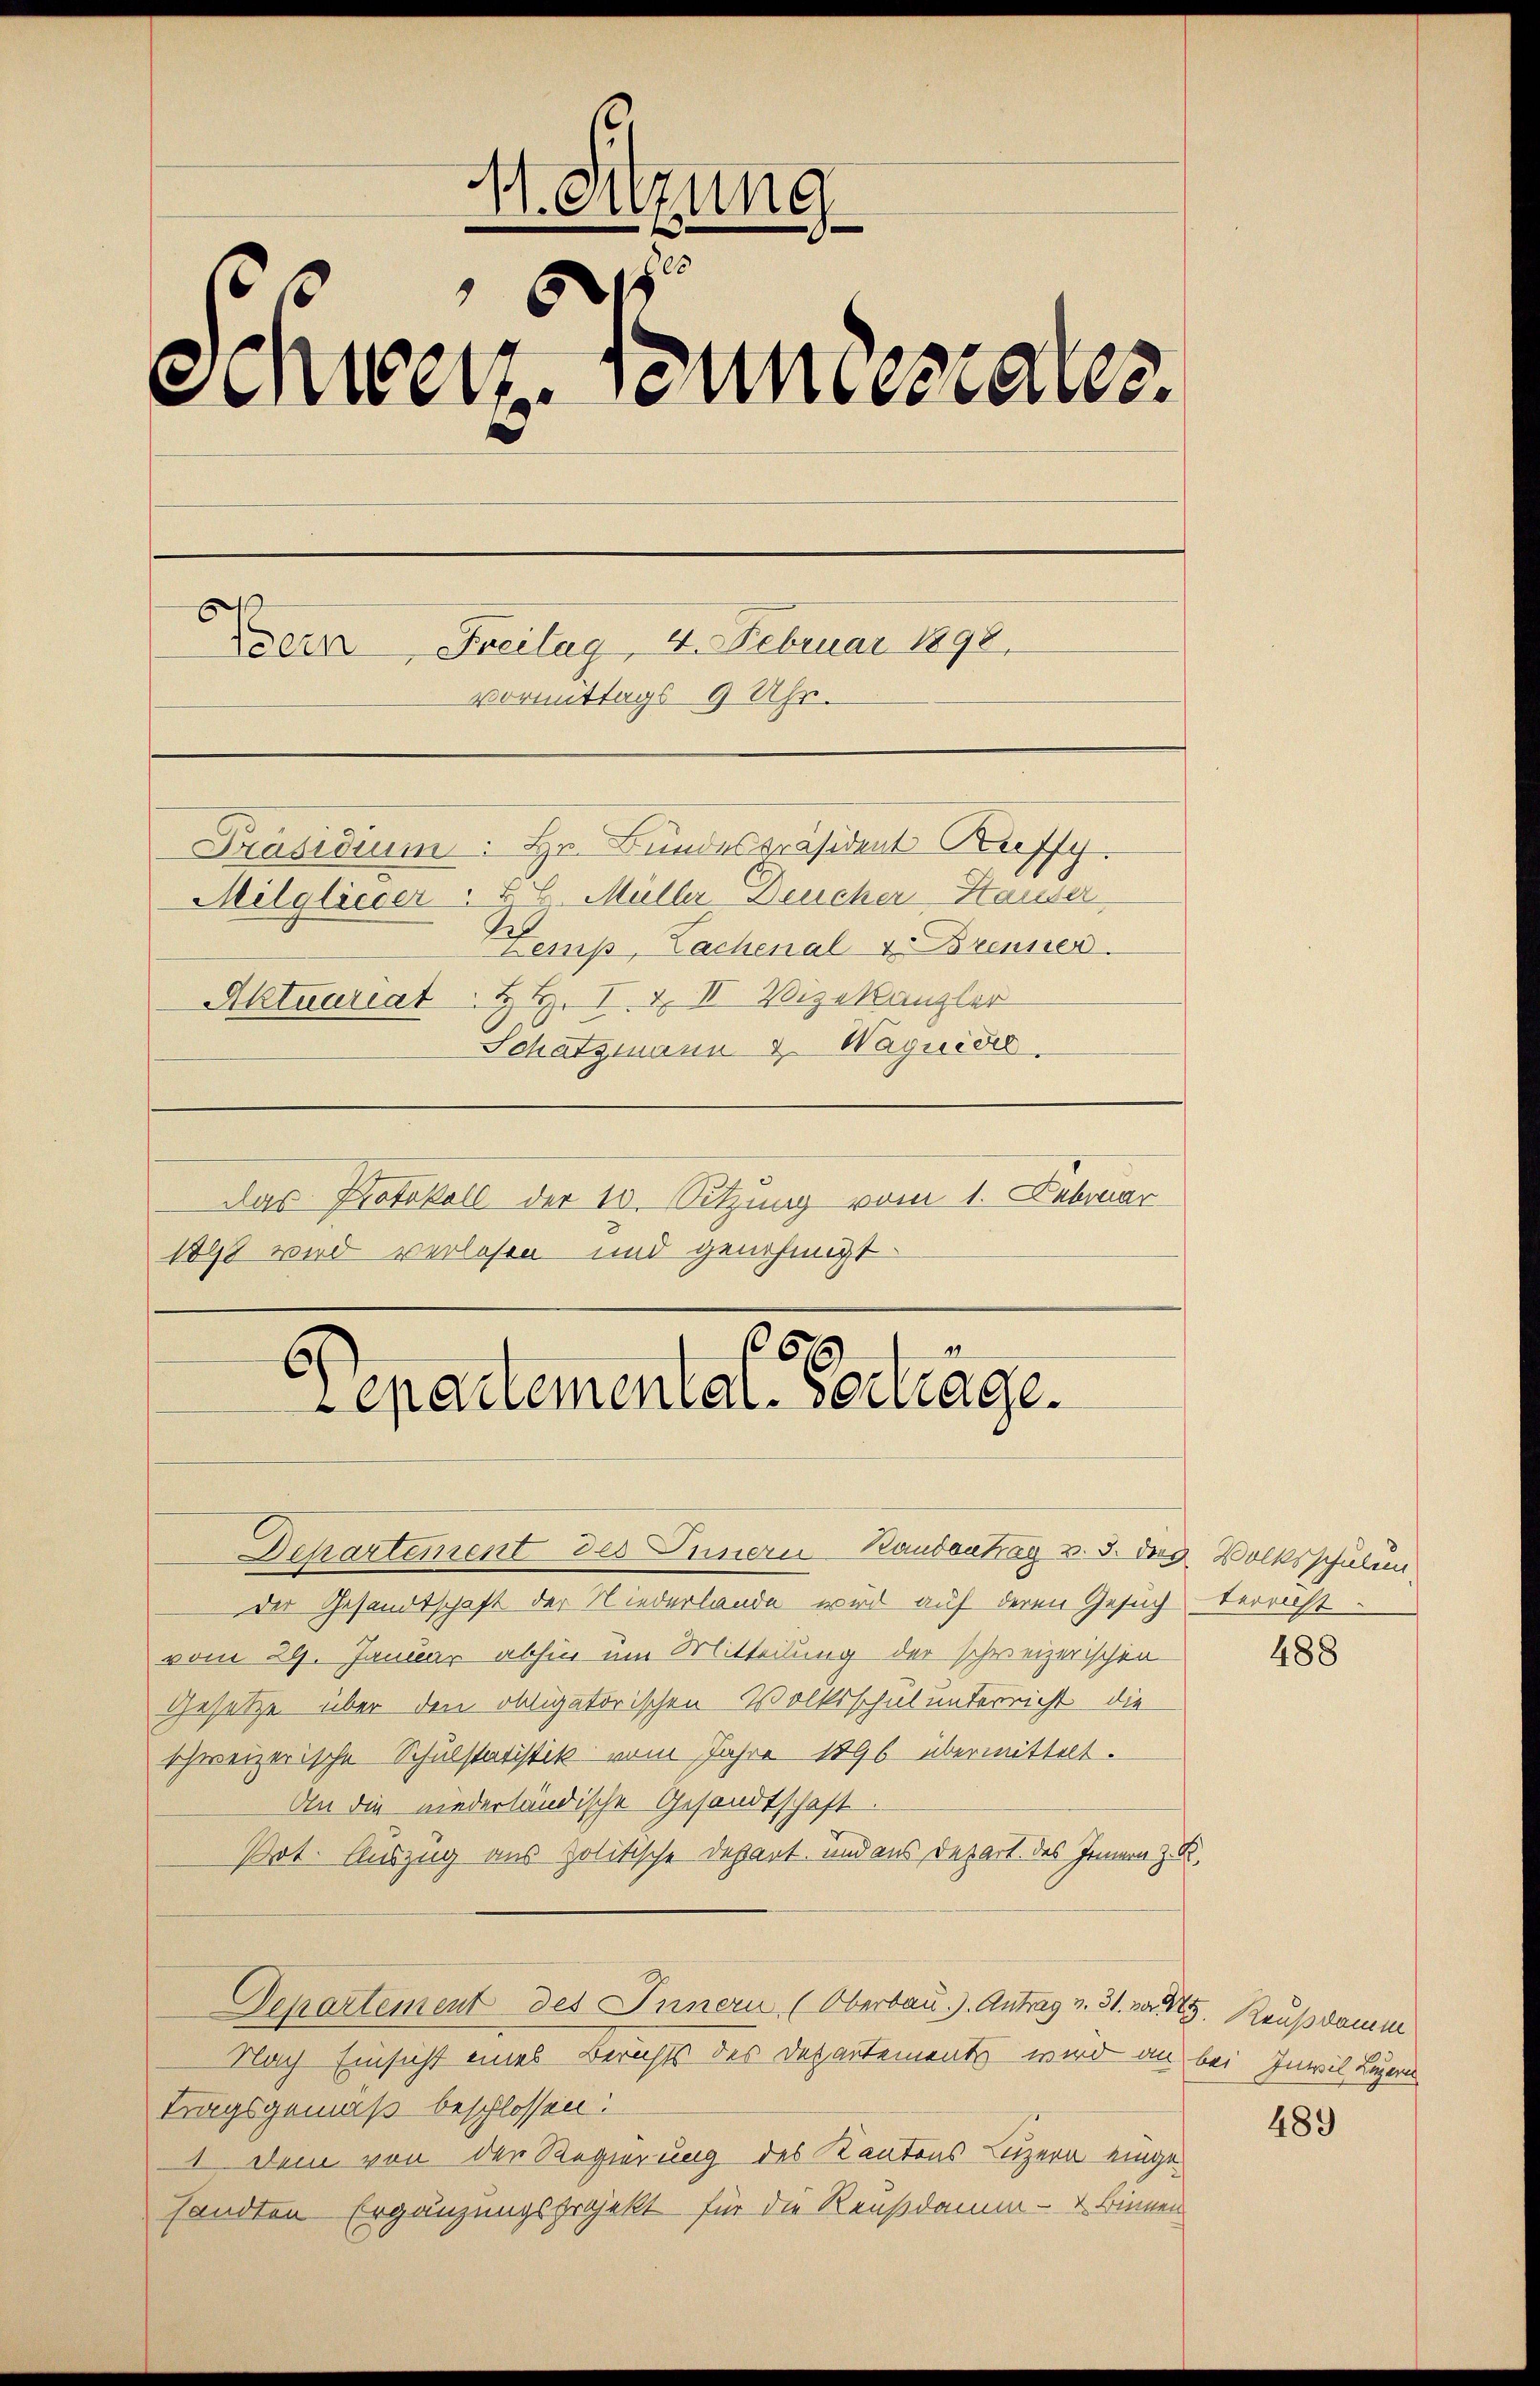
V. Sitzung
Sinnen. Sonntestates.
¬
Bern, Freilag, 4. Februar 1898.
Vormittags 9 Uhr.
Präsidium. Hr. Bundespräsident Ruffy
Mitglieder " HH. Müller Deucher-Hauser
Lemp, Lachenal u. Brenner
Aktuariat. H. H. I. & II Vizekanzler
Schatzmann & Waquidie
Das Protokoll der 10. Sitzung vom 1. Februar
1898 wird verlesen und genehmigt.

6
6
epartemental-Vertrage.

Departement des Innern Randontrag v. 3. des Volksschulen,
Der Gesandtschaft der Niederlande wird auf deren Gesuchterricht
vom 29. Januar abhin um Mitteilung der schweizerischen
Gesetze über den obligatorischen Volksschulunterricht die
schweizerische Schulstatistik vom Jahre 1896 übermittelt.
An die niederländische Gesandtschaft.
Pot. Auszug aus politische Depart und aus Depart des Innern z. B.
Departement des Innern (Oberbau.). Antrag v. 31. v. 5. Reußdamm
Nach Einsicht eines Berichts des Departements wird an bei Inwil Luzern
tragsgemäß beschlossen:
1 dem von den Regierung des Kantons Luzern eingesandten Ergänzungsprojekt für die Reußdamm – & binnen

488

489